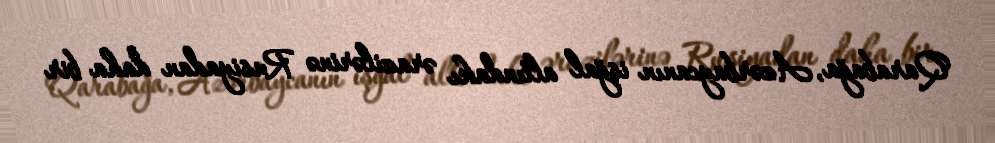
Qarabağa, Azərbaycanın işğal altındakı ərazilərinə Rusiyadan daha bir